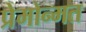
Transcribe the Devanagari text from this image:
प्रेमोन्मत